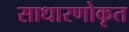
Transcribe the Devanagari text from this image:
साधारणोकृत